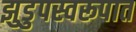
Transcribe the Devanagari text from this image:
झुडुपस्वरूपात